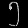
Digit: ၅